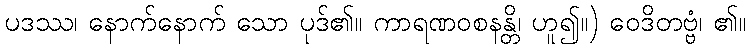
ပဒဿ၊ နောက်နောက် သော ပုဒ်၏။ ကာရဏဝစနန္တိ၊ ဟူ၍။) ဝေဒိတဗ္ဗံ၊ ၏။